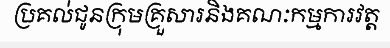
ប្រគល់ជូនក្រុមគ្រួសារនិងគណៈកម្មការវត្ត